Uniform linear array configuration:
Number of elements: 8
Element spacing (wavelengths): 1
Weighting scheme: binomial
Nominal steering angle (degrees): -45
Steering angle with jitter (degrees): -46.401
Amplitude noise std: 0.05
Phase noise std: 0.05

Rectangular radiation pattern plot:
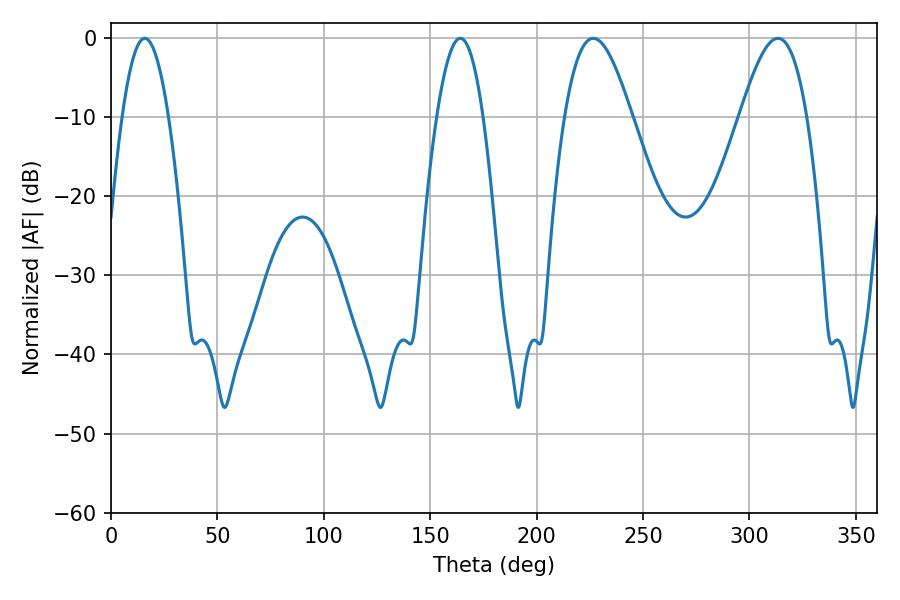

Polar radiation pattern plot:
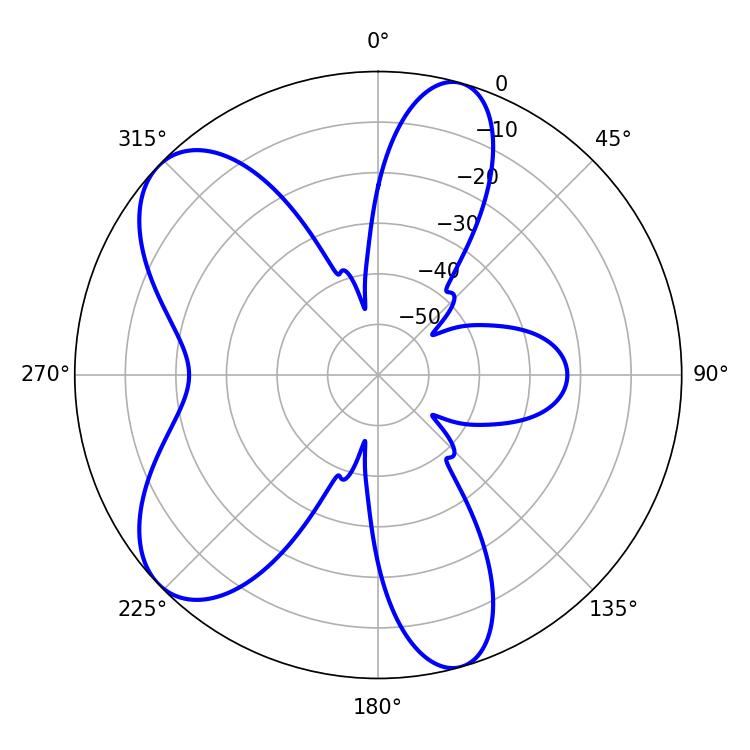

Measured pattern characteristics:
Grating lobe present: TRUE
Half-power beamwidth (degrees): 16.92
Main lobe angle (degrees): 226.62